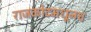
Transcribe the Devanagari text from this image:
राजकोटमधूनच